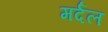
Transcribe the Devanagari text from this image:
मर्दल